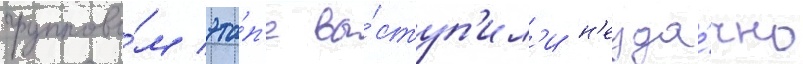
группово́м эта́п'е вы́ступ'ил'и н'еуда́чно